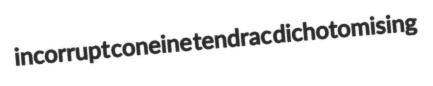
incorrupt coneine tendrac dichotomising